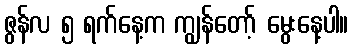
ဇွန်လ ၅ ရက်နေ့က ကျွန်တော့် မွေးနေ့ပါ။